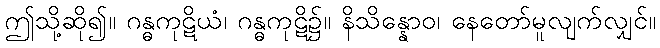
ဤသို့ဆို၍။ ဂန္ဓကုဋိယံ၊ ဂန္ဓကုဋိ၌။ နိသိန္နောဝ၊ နေတော်မူလျက်လျှင်။